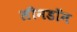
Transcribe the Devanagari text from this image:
लीनडॉन